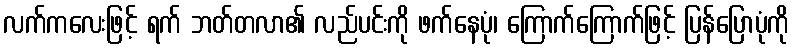
လက်ကလေးဖြင့် ရက် ဘတ်တလာ၏ လည်ပင်းကို ဖက်နေပုံ၊ ကြောက်ကြောက်ဖြင့် ပြန်ပြောပုံကို